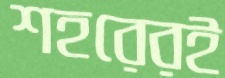
শহরেরই